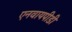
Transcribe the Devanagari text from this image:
एनवायपीडी